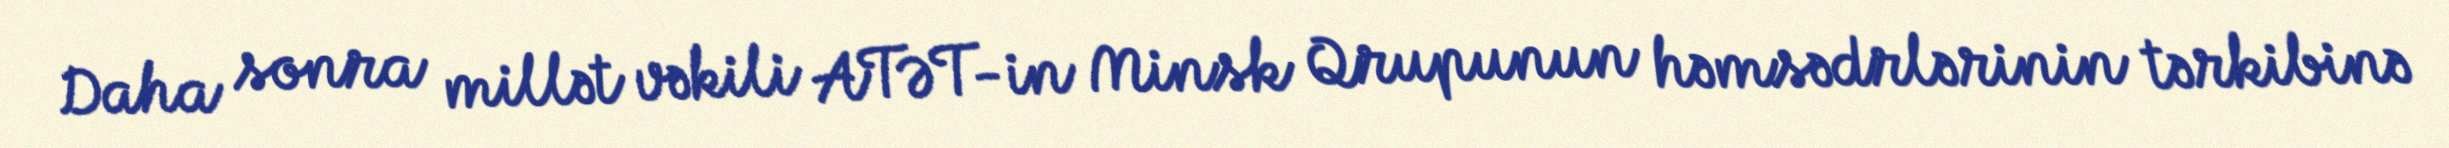
Daha sonra millət vəkili ATƏT-in Minsk Qrupunun həmsədrlərinin tərkibinə